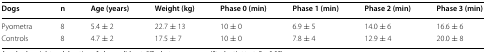
| Dogs | n | Age (years) | Weight (kg) | Phase 0 (min) | Phase 1 (min) | Phase 2 (min) | Phase 3 (min) |
 | --- | --- | --- | --- | --- | --- | --- | --- |
 | Pyometra | 8 | 5.4 ± 2 | 22.7 ± 13 | 10 ± 0 | 6.9 ± 5 | 14.0 ± 6 | 16.6 ± 6 |
 | Controls | 8 | 4.7 ± 2 | 17.5 ± 7 | 10 ± 0 | 7.8 ± 4 | 12.9 ± 4 | 20.0 ± 8 |